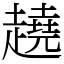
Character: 趬